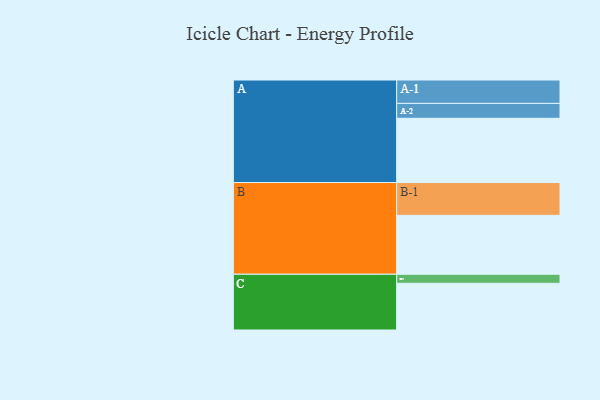
{"axis": {"x": "Segment", "y": "Value"}, "legend": ["", "A", "B", "C"], "data": [{"x": "A", "y": 582, "type": ""}, {"x": "B", "y": 534, "type": ""}, {"x": "C", "y": 423, "type": ""}, {"x": "A-1", "y": 212, "type": "A"}, {"x": "A-2", "y": 135, "type": "A"}, {"x": "B-1", "y": 297, "type": "B"}, {"x": "C-1", "y": 82, "type": "C"}]}